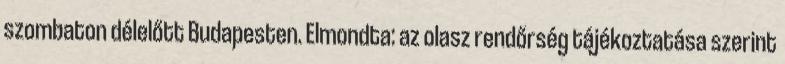
szombaton délelőtt Budapesten. Elmondta: az olasz rendőrség tájékoztatása szerint